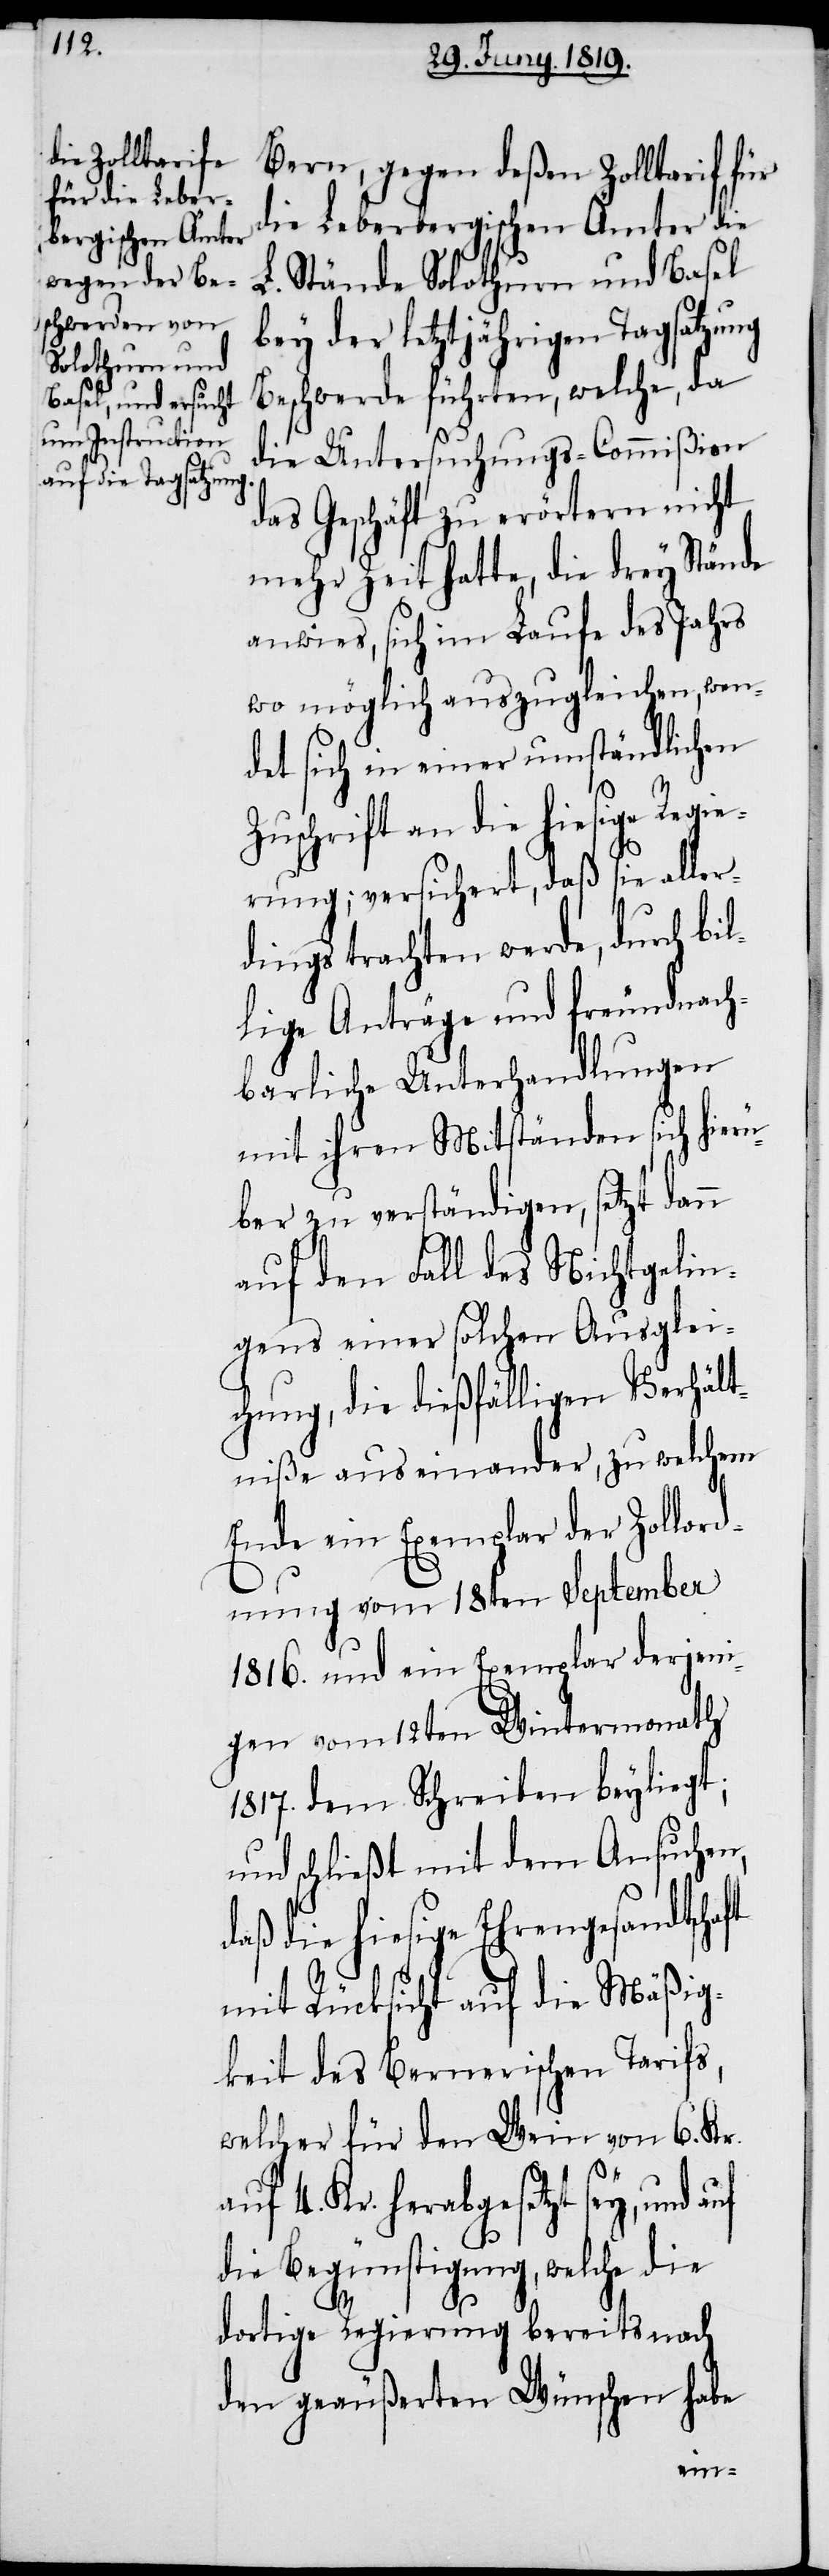
Bern, gegen deßen Zolltarif für
die Leberbergischen Ämter die
L. Stände Solothurn und Basel
bey der letztjährigen Tagsatzung
Beschwerde führten, welche, da
die Untersuchungs-Commißion
das Geschäft zu erörtern nicht
mehr Zeit hatte, die drey Stände
anwies, sich im Laufe des Jahrs
wo möglich auszugleichen, wen¬
det sich in einer umständlichen
Zuschrift an die hiesige Regie¬
rung; versichert, daß sie aller¬
dings trachten werde, durch bil¬
lige Anträge und freundnach¬
barliche Unterhandlungen
mit ihren Mitständen sich hier¬
über zu verständigen, setzt dann
auf den Fall des Nichtgelin¬
gens einer solchen Ausglei¬
chung, die dießfälligen Verhält¬
niße auseinander, zu welchem
Ende ein Exemplar der Zollord¬
nung vom 18ten September
1816. und ein Exemplar derjeni¬
gen vom 12ten Wintermonath
1817. dem Schreiben beyliegt;
und schließt mit dem Ansuchen,
daß die hiesige Ehrengesandtschaft
mit Rücksicht auf die Mäßig¬
keit des Bernerischen Tarifs,
welcher für den Wein von 6. Kr.
auf 4. Kr. herabgesetzt sey, und
die Begünstigung, welche die
dortige Regierung bereits nach
den geäußerten Wünschen habe